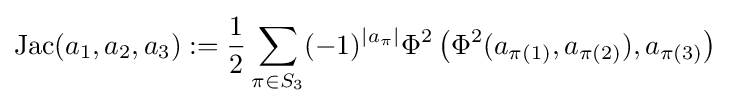
{\rm {Jac}}(a_{1},a_{2},a_{3}):={\frac {1}{2}}\sum _{\pi \in S_{3}}(-1)^{\left|a_{\pi }\right|}\Phi ^{2}\left(\Phi ^{2}(a_{\pi (1)},a_{\pi (2)}),a_{\pi (3)}\right)